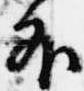
外